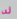
له